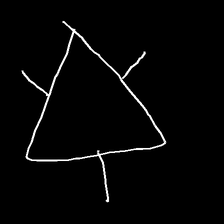
Glyph: fire